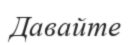
Давайте